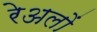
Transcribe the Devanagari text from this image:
रेअलों